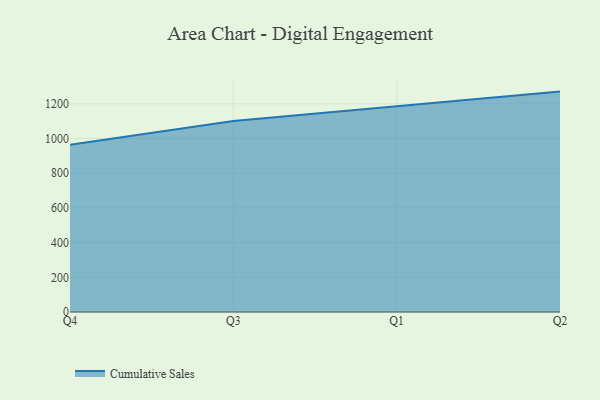
{"axis": {"x": "Quarter", "y": "Operating Costs (USD K)"}, "legend": ["Cumulative Sales"], "data": [{"x": "Q4", "y": 963.6, "type": "Cumulative Sales"}, {"x": "Q3", "y": 1101.1, "type": "Cumulative Sales"}, {"x": "Q1", "y": 1185.6, "type": "Cumulative Sales"}, {"x": "Q2", "y": 1270.5, "type": "Cumulative Sales"}]}